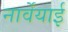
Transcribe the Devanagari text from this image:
नार्वेयाई